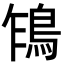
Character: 𩿞